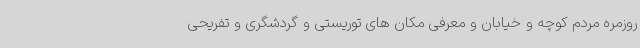
روزمره مردم کوچه و خیابان و معرفی مکان های توریستی و گردشگری و تفریحی